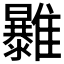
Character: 𩁠